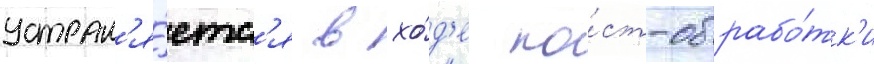
устран'я́етс'я в хо́д'е по́ст-обрабо́тк'и